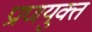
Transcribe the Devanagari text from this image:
प्राणयुक्त